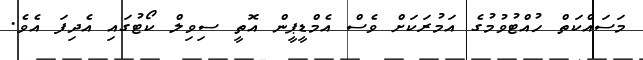
މަސައްކަތް ހުއްޓުވުމުގެ އަމުރަކަށް ވެސް އެމްޑީޕީން އޮތީ ސިވިލް ކޯޓުގައި އެދިފަ އެވެ.